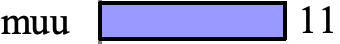
muu       11